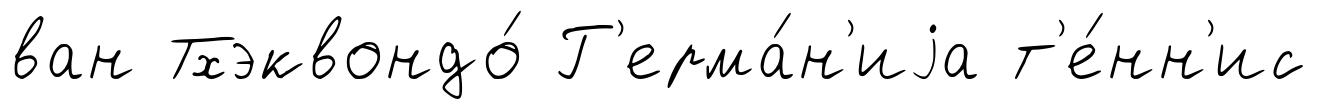
ван Тхэквондо́ Г'ерма́н'иjа т'е́нн'ис